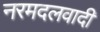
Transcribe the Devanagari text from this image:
नरमदलवादी